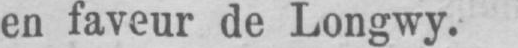
en faveur de Longwy.